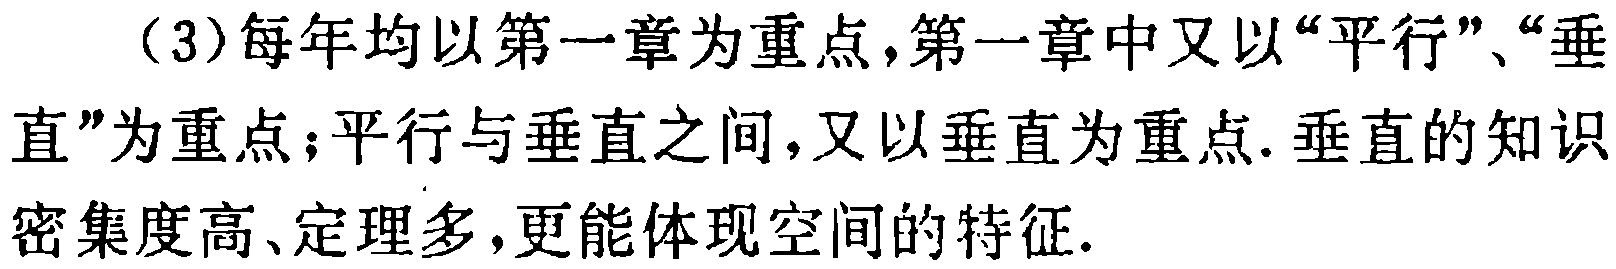
（3）每年均以第一章为重点,第一章中又以“平行”、“垂直”为重点；平行与垂直之间,又以垂直为重点. 垂直的知识密集度高、定理多,更能体现空间的特征.